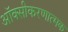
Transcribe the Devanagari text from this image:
ऑक्सीकरणात्मक